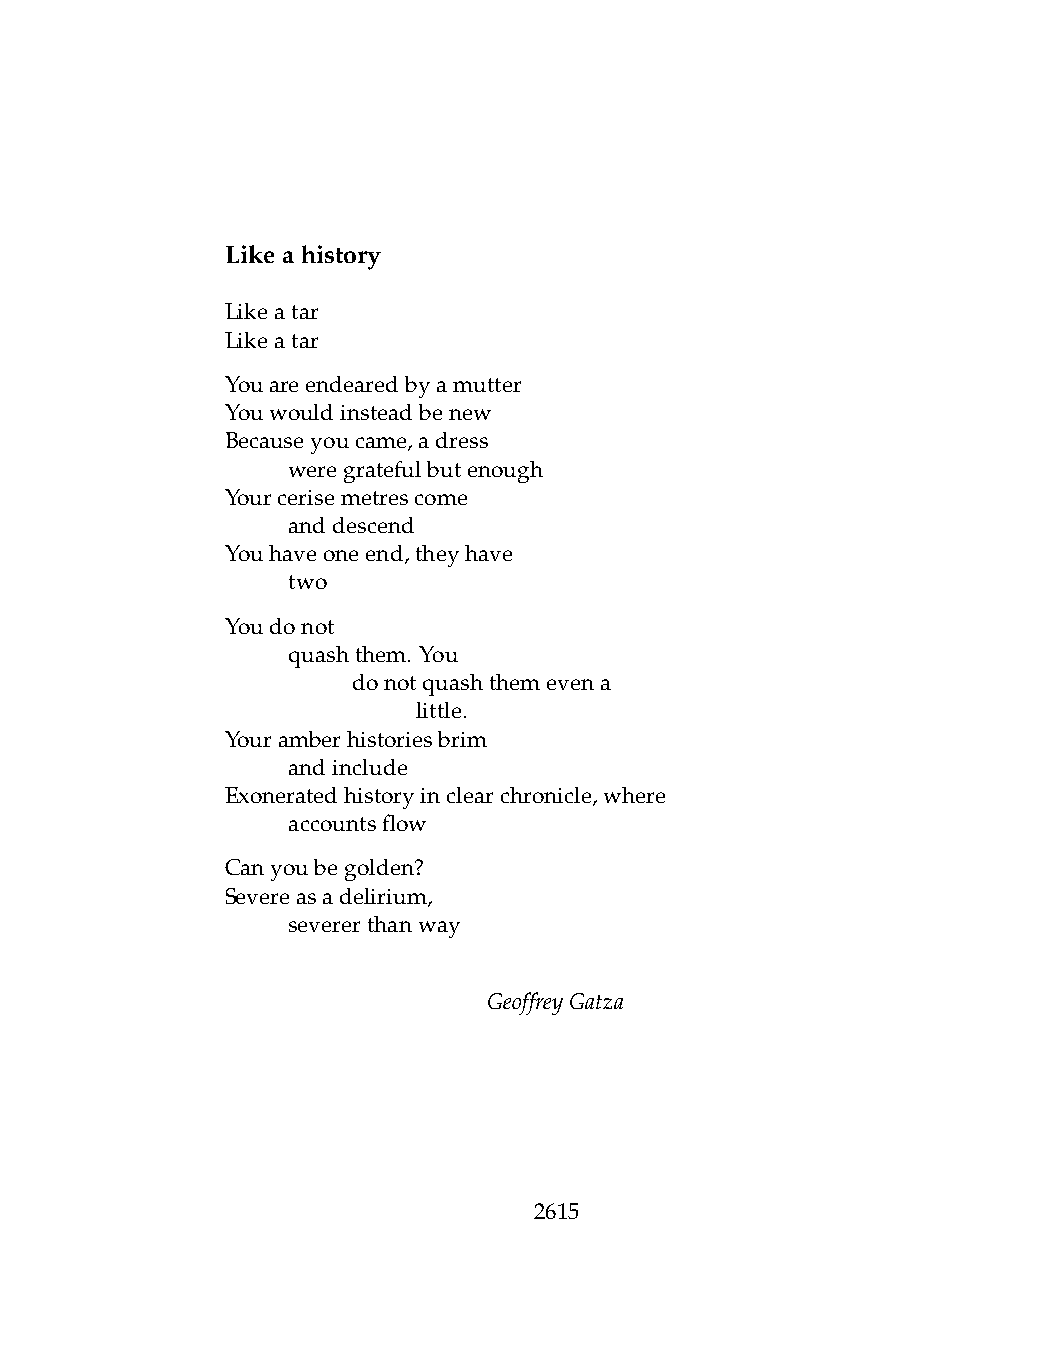
Likeahistory
 Likeatar
 Likeatar
 Youareendearedbyamutter
 Youwouldinsteadbenew
 Becauseyoucame,adress
 .   weregratefulbutenough
 Yourcerisemetrescome
 .   anddescend
 Youhaveoneend,theyhave
 .   two
 Youdonot
 .   quashthem. You
 .   .   donotquashthemevena
 .   .   .    little.
 Youramberhistoriesbrim
 .   andinclude
 Exoneratedhistoryinclearchronicle,where
 .   accountsflow
 Canyoubegolden?
 Severeasadelirium,
 .   severerthanway
 GeoffreyGatza
 2615